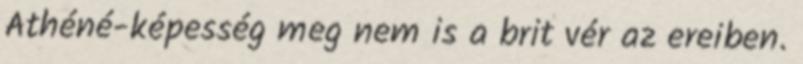
Athéné-képesség meg nem is a brit vér az ereiben.